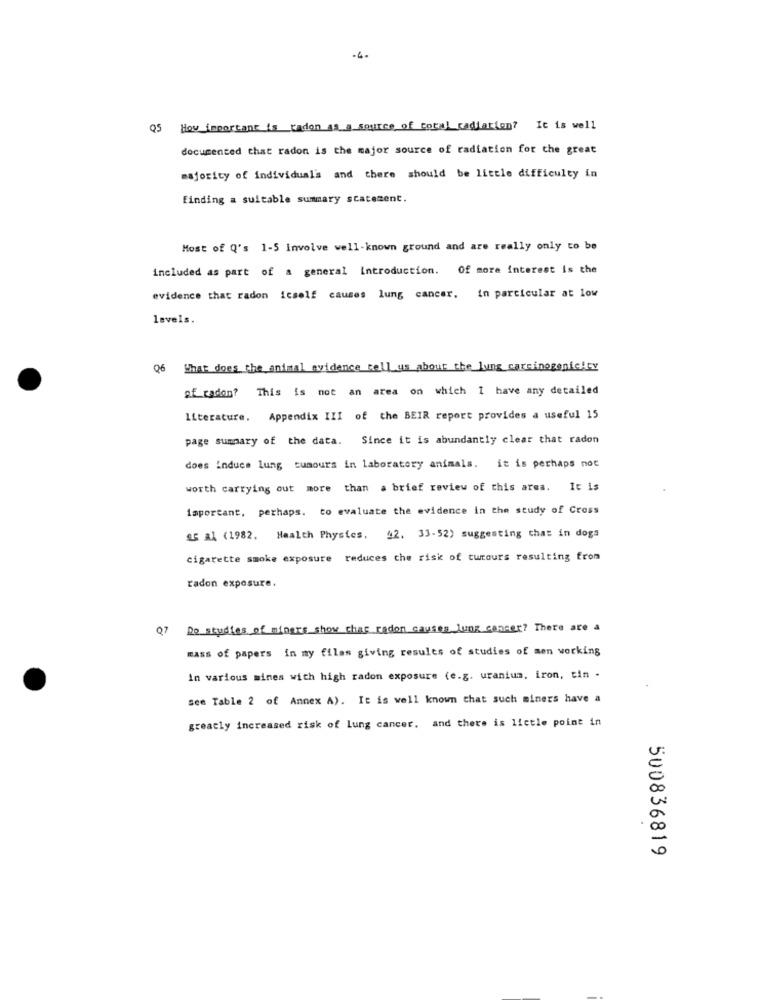
-4.
Q5 How important is radon as a source of total radiation? It is well
documented that radon is the major source of radiation for the great
majority of individual's and there should be little difficulty in
finding a suitable summary statement.
Most of Q's 1-5 involve well-known ground and are really only to be
included as part of a general introduction. Of more interest is the
evidence that radon icself causes lung cancer. in particular at low
levels.
96
What does the animal evidence tell us about the lung carcinogenicity
of radon? This is not an area on which I have any detailed
literature. Appendix III of the BEIR report provides a useful 15
page summary of the data. Since it is abundantly clear that radon
does Induce lung tumours in laboratory animals. it is perhaps not
worth carrying out more than a brief review of this area. It is
important, perhaps. to evaluate the evidence in the study of Cross
SE a] (1982. Health Physics, 42. 33-52) suggesting that in dogs
cigarette smoke exposure reduces the risk of turtours resulting from
radon exposure.
Q7
Do studies of miners show char cadon causes lung cancer? There are a
mass of papers in my files giving results of studies of men working
In various mines with high radon exposure (e.g. uranium, iron, tin -
see Table 2 of Annex A). It is well known that such miners have a
greatly increased risk of lung cancer. and there is lictle point in
500836819